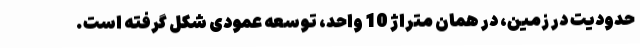
حدودیت در زمین، در همان متراژ 10 واحد، توسعه عمودی شکل گرفته است.